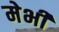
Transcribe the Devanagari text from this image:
मेभी